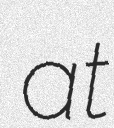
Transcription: at